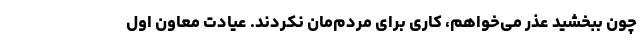
چون ببخشید عذر می‌خواهم، کاری برای مردم‌مان نکردند. عیادت معاون اول